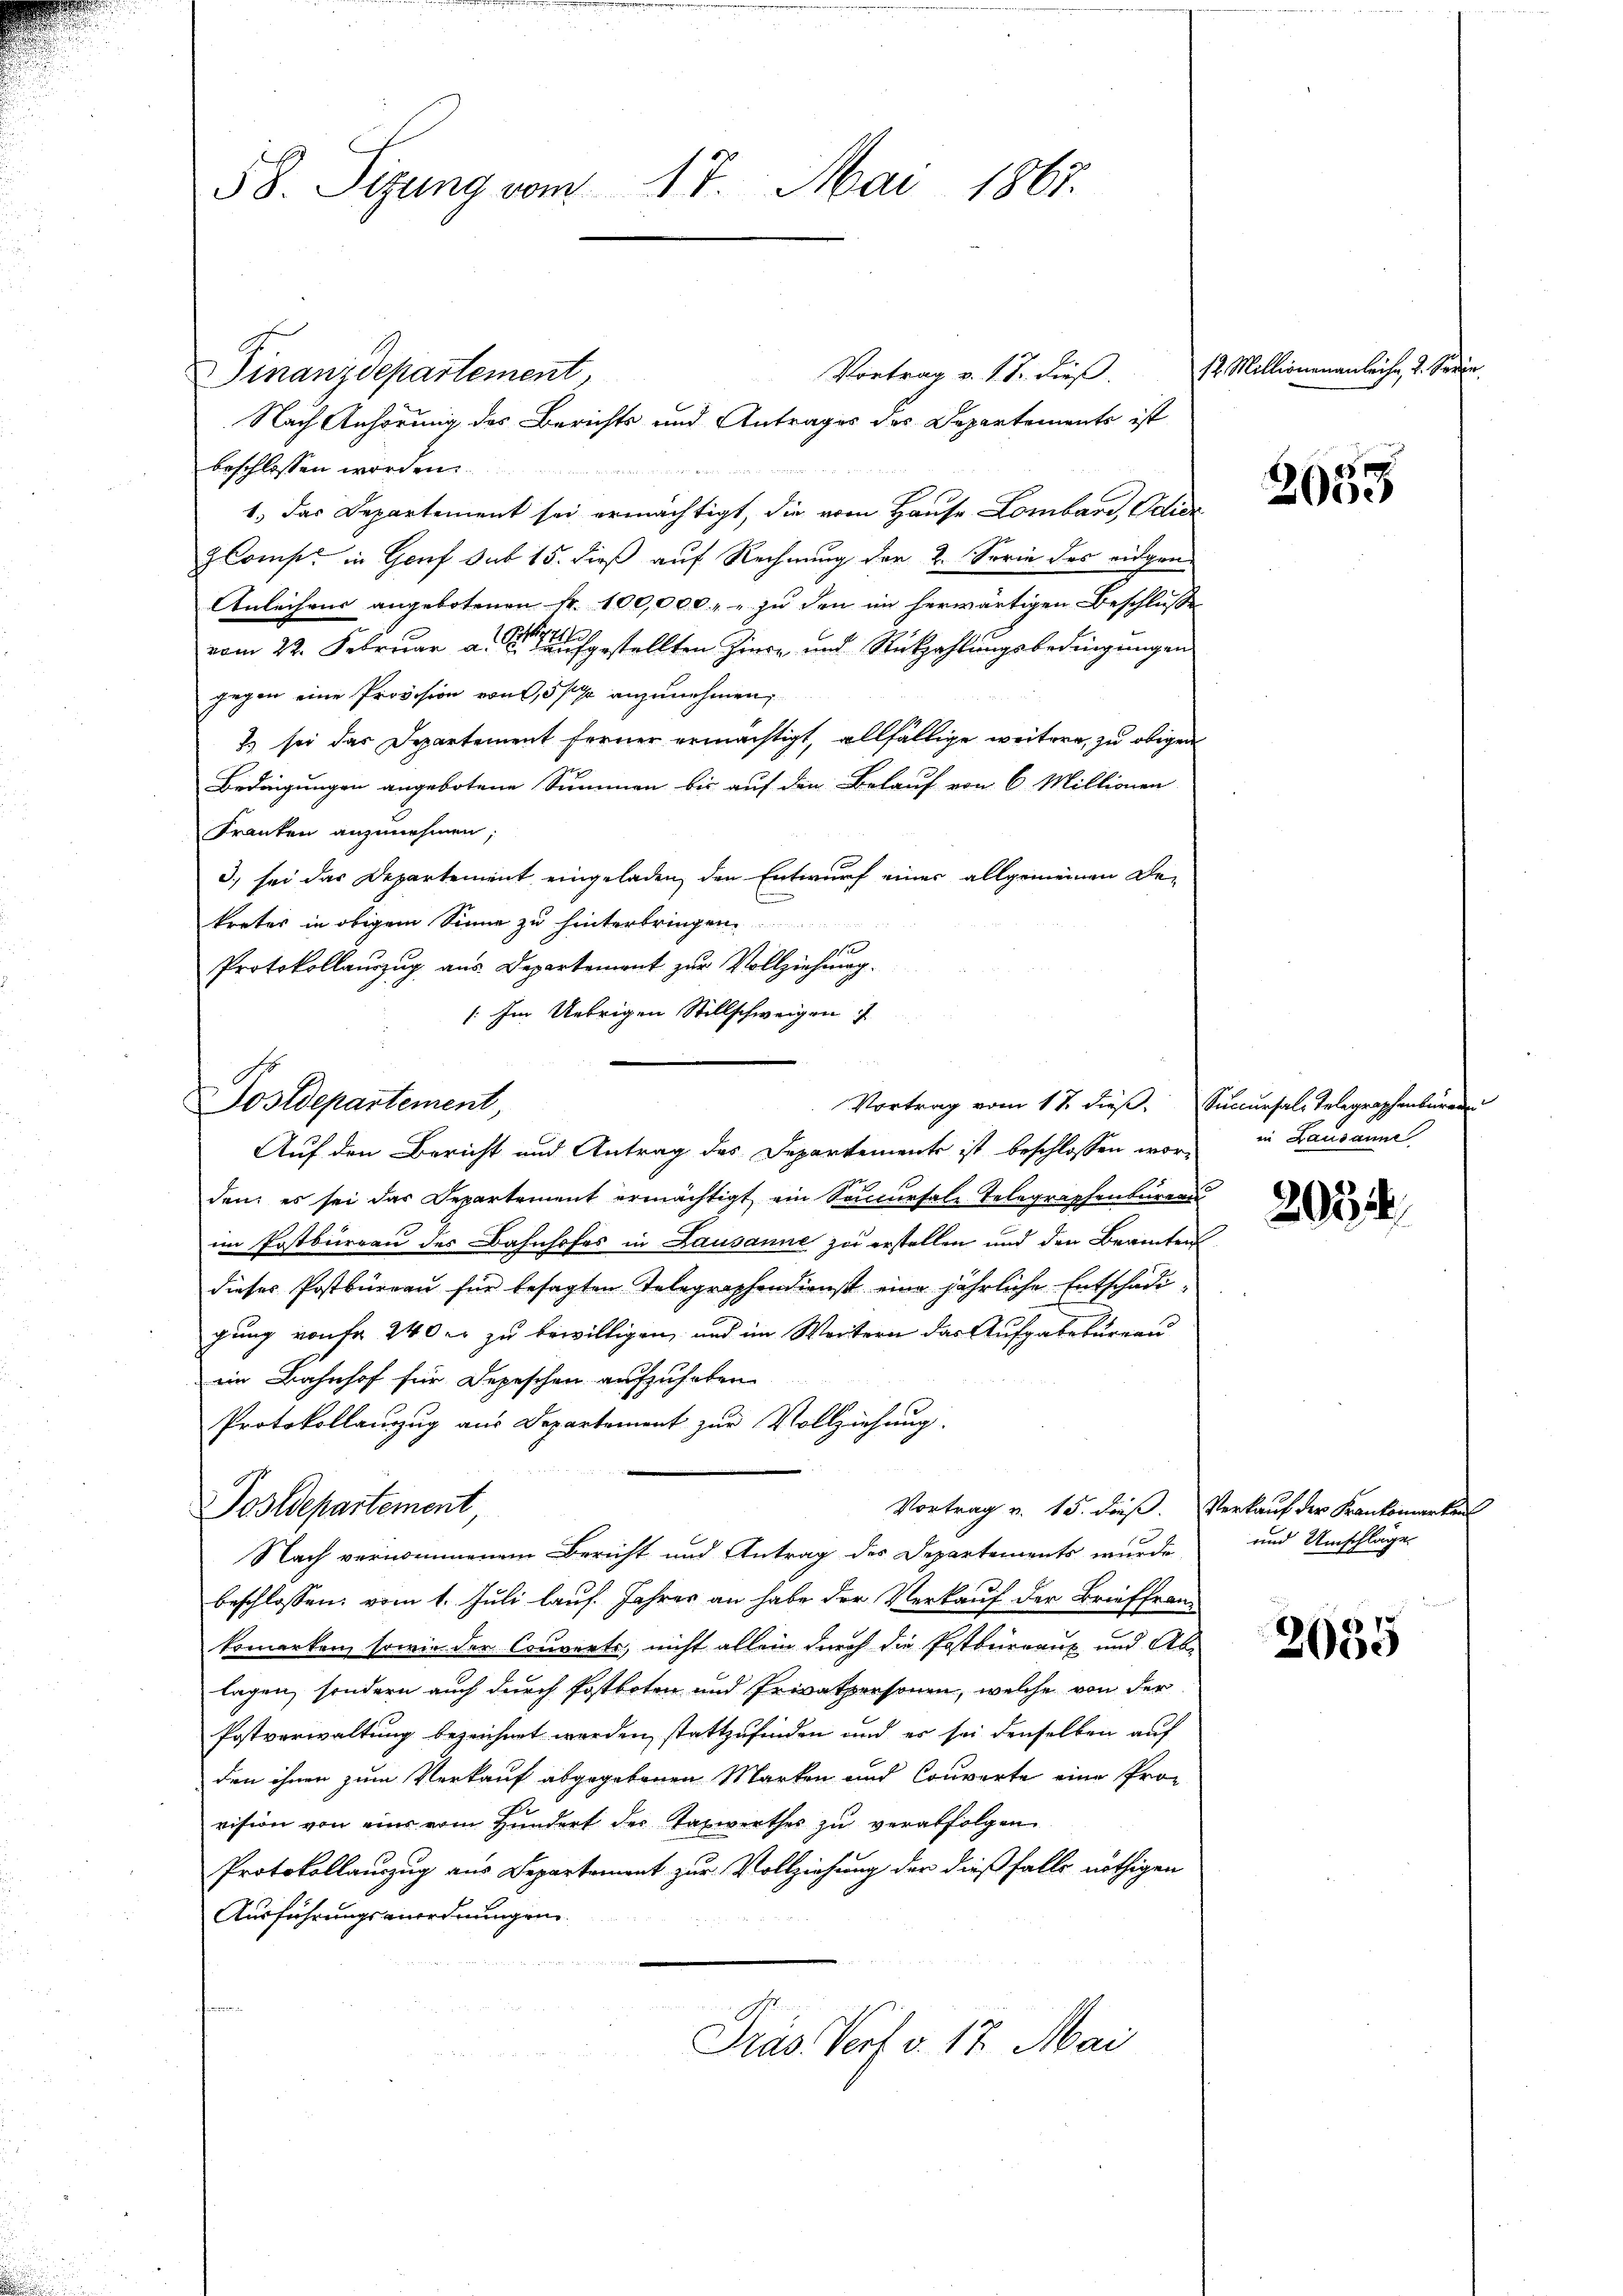
Vortrag v. 18. dieß.
Finanzdepartement,
Nach Anhörung des Berichts und Antrages des Departements ist
beschlossen worden.
iiter die
1.) Das Departement sei ermächtigt, die vom Hause Lombar, Odicz
Comp. in Genf sub 15. dieß auf Rechnung der 2. Serie des eidgen
Anleihens angebotenen Fr. 100,000 zu den im herwärtigen Beschluß
vom 22. Februar a. aufgestellten Ziere und Rückzahlungsbedingungen
gegen eine Provision von 5 % anzunehmen,
7. sei das Departement ferner ermächtigt, allfällige weitere, zu obigen
Bedingungen angebotene Summen bis auf den Belauf von 6 Millionen
Franken anzunehmen;
3) sei das Departement eingeladen, den Entwurf einer allgemeinen De-
kreter in obigem Sinne zu hinterbringen
Protokollauszug aus Departement zur Vollziehung.
/: Im Uebrigen Stillschweigen
Auf den Bericht und Antrag des Departemente ist beschlossen war in Lausanne
den, es sei das Departement ermächtigt ein Soncursale Telegraphenburg
im Postbureau der Bahnhofes in Lausanne zu erstellen und den Beamte
dieses Postbüreau für besagten Telegraphendienst eine jährliche Entschade
gung von fr 240 er zu bewilligen, und im Weitern das Aufgabebureau
ein Bahnhof für Depeschen aufzuheben.
Protokollanzug aus Departement zur Vollziehung.
Vortrag v. 15. dieß.
Postdepartement,
Nach vernommenem Bericht und Antrag des Departements wurde
beschlossen: vom 1. Juli lauf Jahres an habe der Verkauf der Brieffran-
komerken, sowie der Couverte, nicht allein durch die Postbureaux und Ab
lagen, sondern auch durch Postboten und Privatpersonen, welche von der
Postverwaltung bezeichnet werden, stattzufinden und es sei denselben auf
den ihnen zum Verkauf abgegebenen Marken und Couverte eine Prode
vision von eine vom Hundert der Taxwerthes zu verabfolgen
Protokollauszug aus Departement zur Vollziehung der dießfalls nöthigen
Ausführungsanordnungen.
Präs. Verf. v. 17. Mai

58. Sizung vom 17. Mai 1867.

Postdepartement,

Vortrag vom 18. dieß.

2

12. Millionenanleihe, 2. Serie.

4
2000

Succursale Telegraphenbüren

20224

Verkauf der Krankomarken
und Umschläge

2035